Civil Veterinary Dept. North-West Frontier Province 1933-46 - 1933-1946
Year: 1933
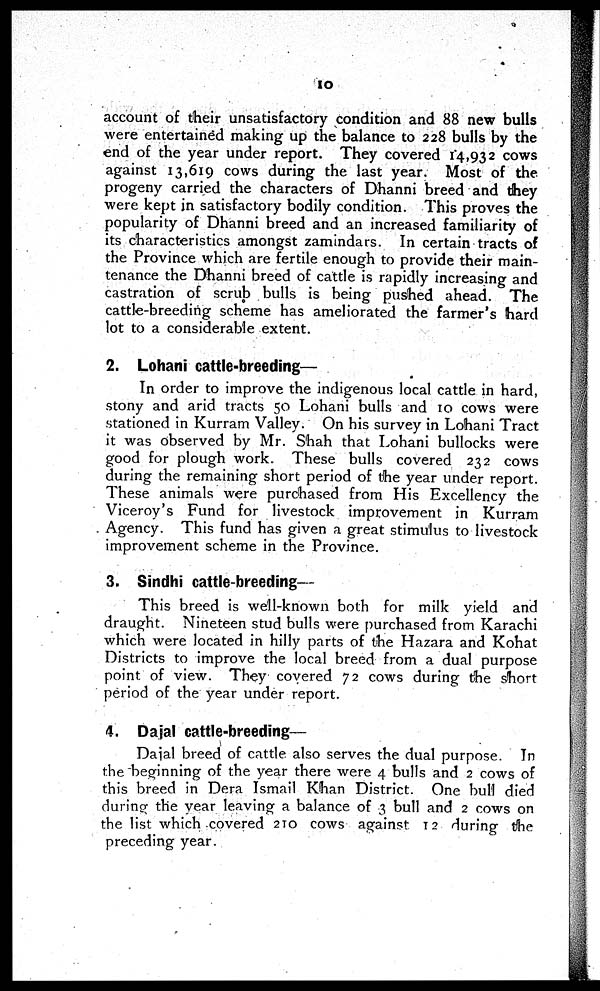
10
account of their unsatisfactory condition and 88 new bulls
were entertained making up the balance to 228 bulls by the
end of the year under report. They covered 14,932 cows
against 13,619 cows during the last year. Most of the
progeny carried the characters of Dhanni breed and they
were kept in satisfactory bodily condition. This proves the
popularity of Dhanni breed and an increased familiarity of
its characteristics amongst zamindars. In certain tracts of
the Province which are fertile enough to provide their main-
tenance the Dhanni breed of cattle is rapidly increasing and
castration of scrub bulls is being pushed ahead. The
cattle-breeding scheme has ameliorated the farmer's hard
lot to a considerable extent.
2. Lohani cattle-breeding—
In order to improve the indigenous local cattle in hard,
stony and arid tracts 50 Lohani bulls and 10 cows were
stationed in Kurram Valley. On his survey in Lohani Tract
it was observed by Mr. Shah that Lohani bullocks were
good for plough work. These bulls covered 232 cows
during the remaining short period of the year under report.
These animals were purchased from His Excellency the
Viceroy's Fund for livestock improvement in Kurram
Agency. This fund has given a great stimulus to livestock
improvement scheme in the Province.
3. Sindhi cattle-breeding—
This breed is well-known both for milk yield and
draught. Nineteen stud bulls were purchased from Karachi
which were located in hilly parts of the Hazara and Kohat
Districts to improve the local breed from a dual purpose
point of view. They covered 72 cows during the short
period of the year under report.
4. Dajal cattle-breeding—
Dajal breed of cattle also serves the dual purpose. In
the beginning of the year there were 4 bulls and 2 cows of
this breed in Dera Ismail Khan District. One bull died
during the year leaving a balance of 3 bull and 2 cows on
the list which covered 210 cows against 12 during the
preceding year.